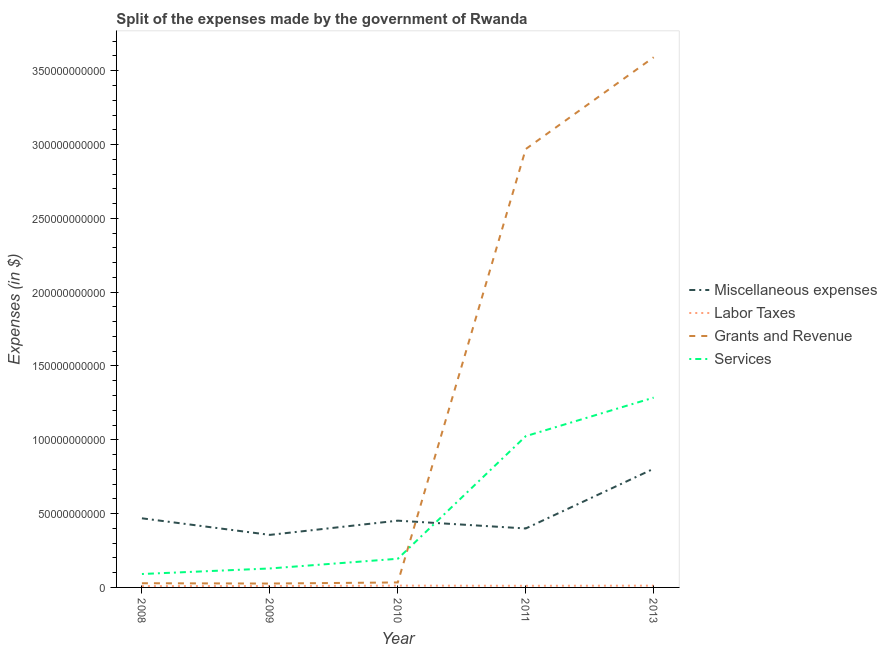
| Year | Miscellaneous expenses | Labor Taxes | Grants and Revenue | Services |
 | --- | --- | --- | --- | --- |
 | 2008 | 4.68e+10 | 8.98e+08 | 2.83e+09 | 9.09e+09 |
 | 2009 | 3.56e+10 | 9.6e+08 | 2.63e+09 | 1.28e+10 |
 | 2010 | 4.52e+10 | 1.21e+09 | 3.37e+09 | 1.94e+10 |
 | 2011 | 3.99e+10 | 1.11e+09 | 2.97e+11 | 1.02e+11 |
 | 2013 | 8.04e+10 | 1.2e+09 | 3.59e+11 | 1.29e+11 |